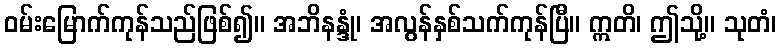
ဝမ်းမြောက်ကုန်သည်ဖြစ်၍။ အဘိနန္ဒုံ၊ အလွန်နှစ်သက်ကုန်ပြီ။ ဣတိ၊ ဤသို့။ သုတံ၊